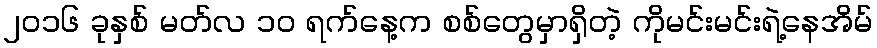
၂ဝ၁၆ ခုနှစ် မတ်လ ၁ဝ ရက်နေ့က စစ်တွေမှာရှိတဲ့ ကိုမင်းမင်းရဲ့နေအိမ်